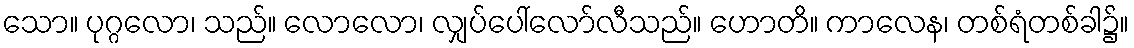
သော။ ပုဂ္ဂလော၊ သည်။ လောလော၊ လျှပ်ပေါ်လော်လီသည်။ ဟောတိ။ ကာလေန၊ တစ်ရံတစ်ခါ၌။